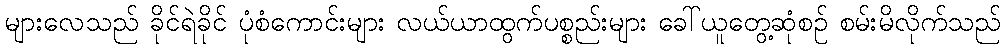
များလေသည် ခိုင်ရဲခိုင် ပုံစံကောင်းများ လယ်ယာထွက်ပစ္စည်းများ ခေါ်ယူတွေ့ဆုံစဉ် စမ်းမိလိုက်သည်